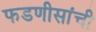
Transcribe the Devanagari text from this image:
फडणीसांची